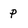
Character: p